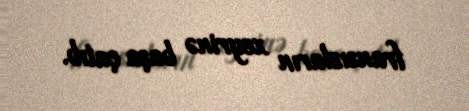
fransızların xeyrinə başa çatıb.